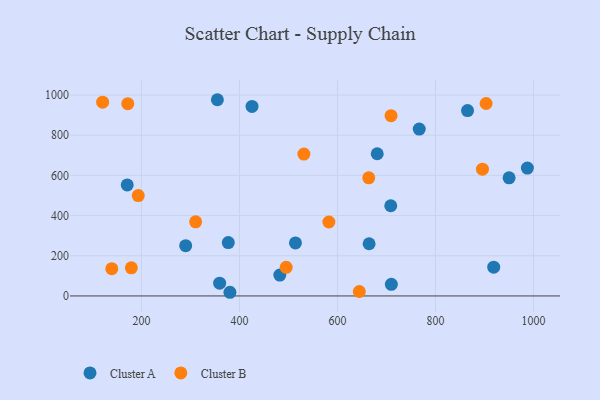
{"axis": {"x": "Investment", "y": "Profit"}, "legend": ["Cluster A", "Cluster B"], "data": [{"x": "354.9", "y": 976.7, "type": "Cluster A"}, {"x": "359.5", "y": 63.8, "type": "Cluster A"}, {"x": "865.4", "y": 922.5, "type": "Cluster A"}, {"x": "514.2", "y": 263.9, "type": "Cluster A"}, {"x": "708.7", "y": 448.9, "type": "Cluster A"}, {"x": "664.5", "y": 259.9, "type": "Cluster A"}, {"x": "290.2", "y": 250.0, "type": "Cluster A"}, {"x": "377.1", "y": 265.9, "type": "Cluster A"}, {"x": "950.2", "y": 587.8, "type": "Cluster A"}, {"x": "766.8", "y": 830.7, "type": "Cluster A"}, {"x": "170.9", "y": 552.4, "type": "Cluster A"}, {"x": "709.9", "y": 57.7, "type": "Cluster A"}, {"x": "380.5", "y": 18.3, "type": "Cluster A"}, {"x": "987.5", "y": 636.5, "type": "Cluster A"}, {"x": "425.6", "y": 943.5, "type": "Cluster A"}, {"x": "918.8", "y": 143.3, "type": "Cluster A"}, {"x": "681.1", "y": 707.7, "type": "Cluster A"}, {"x": "482.3", "y": 104.0, "type": "Cluster A"}, {"x": "531.4", "y": 706.4, "type": "Cluster B"}, {"x": "495.3", "y": 142.3, "type": "Cluster B"}, {"x": "644.5", "y": 22.2, "type": "Cluster B"}, {"x": "663.8", "y": 587.9, "type": "Cluster B"}, {"x": "903.3", "y": 958.0, "type": "Cluster B"}, {"x": "895.8", "y": 631.2, "type": "Cluster B"}, {"x": "193.4", "y": 499.4, "type": "Cluster B"}, {"x": "310.5", "y": 369.0, "type": "Cluster B"}, {"x": "179.3", "y": 140.0, "type": "Cluster B"}, {"x": "582.4", "y": 368.1, "type": "Cluster B"}, {"x": "139.4", "y": 135.9, "type": "Cluster B"}, {"x": "172.0", "y": 956.8, "type": "Cluster B"}, {"x": "709.3", "y": 897.2, "type": "Cluster B"}, {"x": "120.7", "y": 964.3, "type": "Cluster B"}]}